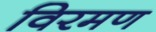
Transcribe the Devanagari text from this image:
विरमण